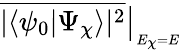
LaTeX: \overline{{|\langle\psi_{0}|\Psi_{\chi}\rangle|^{2}}}\big|_{_{E_{\chi}=E}}